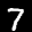
Label: 7